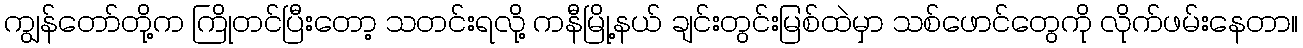
ကျွန်တော်တို့က ကြိုတင်ပြီးတော့ သတင်းရလို့ ကနီမြို့နယ် ချင်းတွင်းမြစ်ထဲမှာ သစ်ဖောင်တွေကို လိုက်ဖမ်းနေတာ။